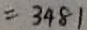
= 3 4 8 1